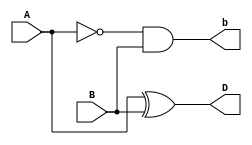
module halfsub(A,B,D,b);
  input A,B;
  output reg D,b;
  assign  D=A^B;
  assign b=~A&B;
endmodule